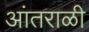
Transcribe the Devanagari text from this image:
आंतराळी